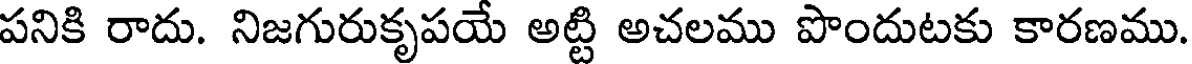
పనికి రాదు. నిజగురుకృపయే అట్టి అచలము పొందుటకు కారణము.